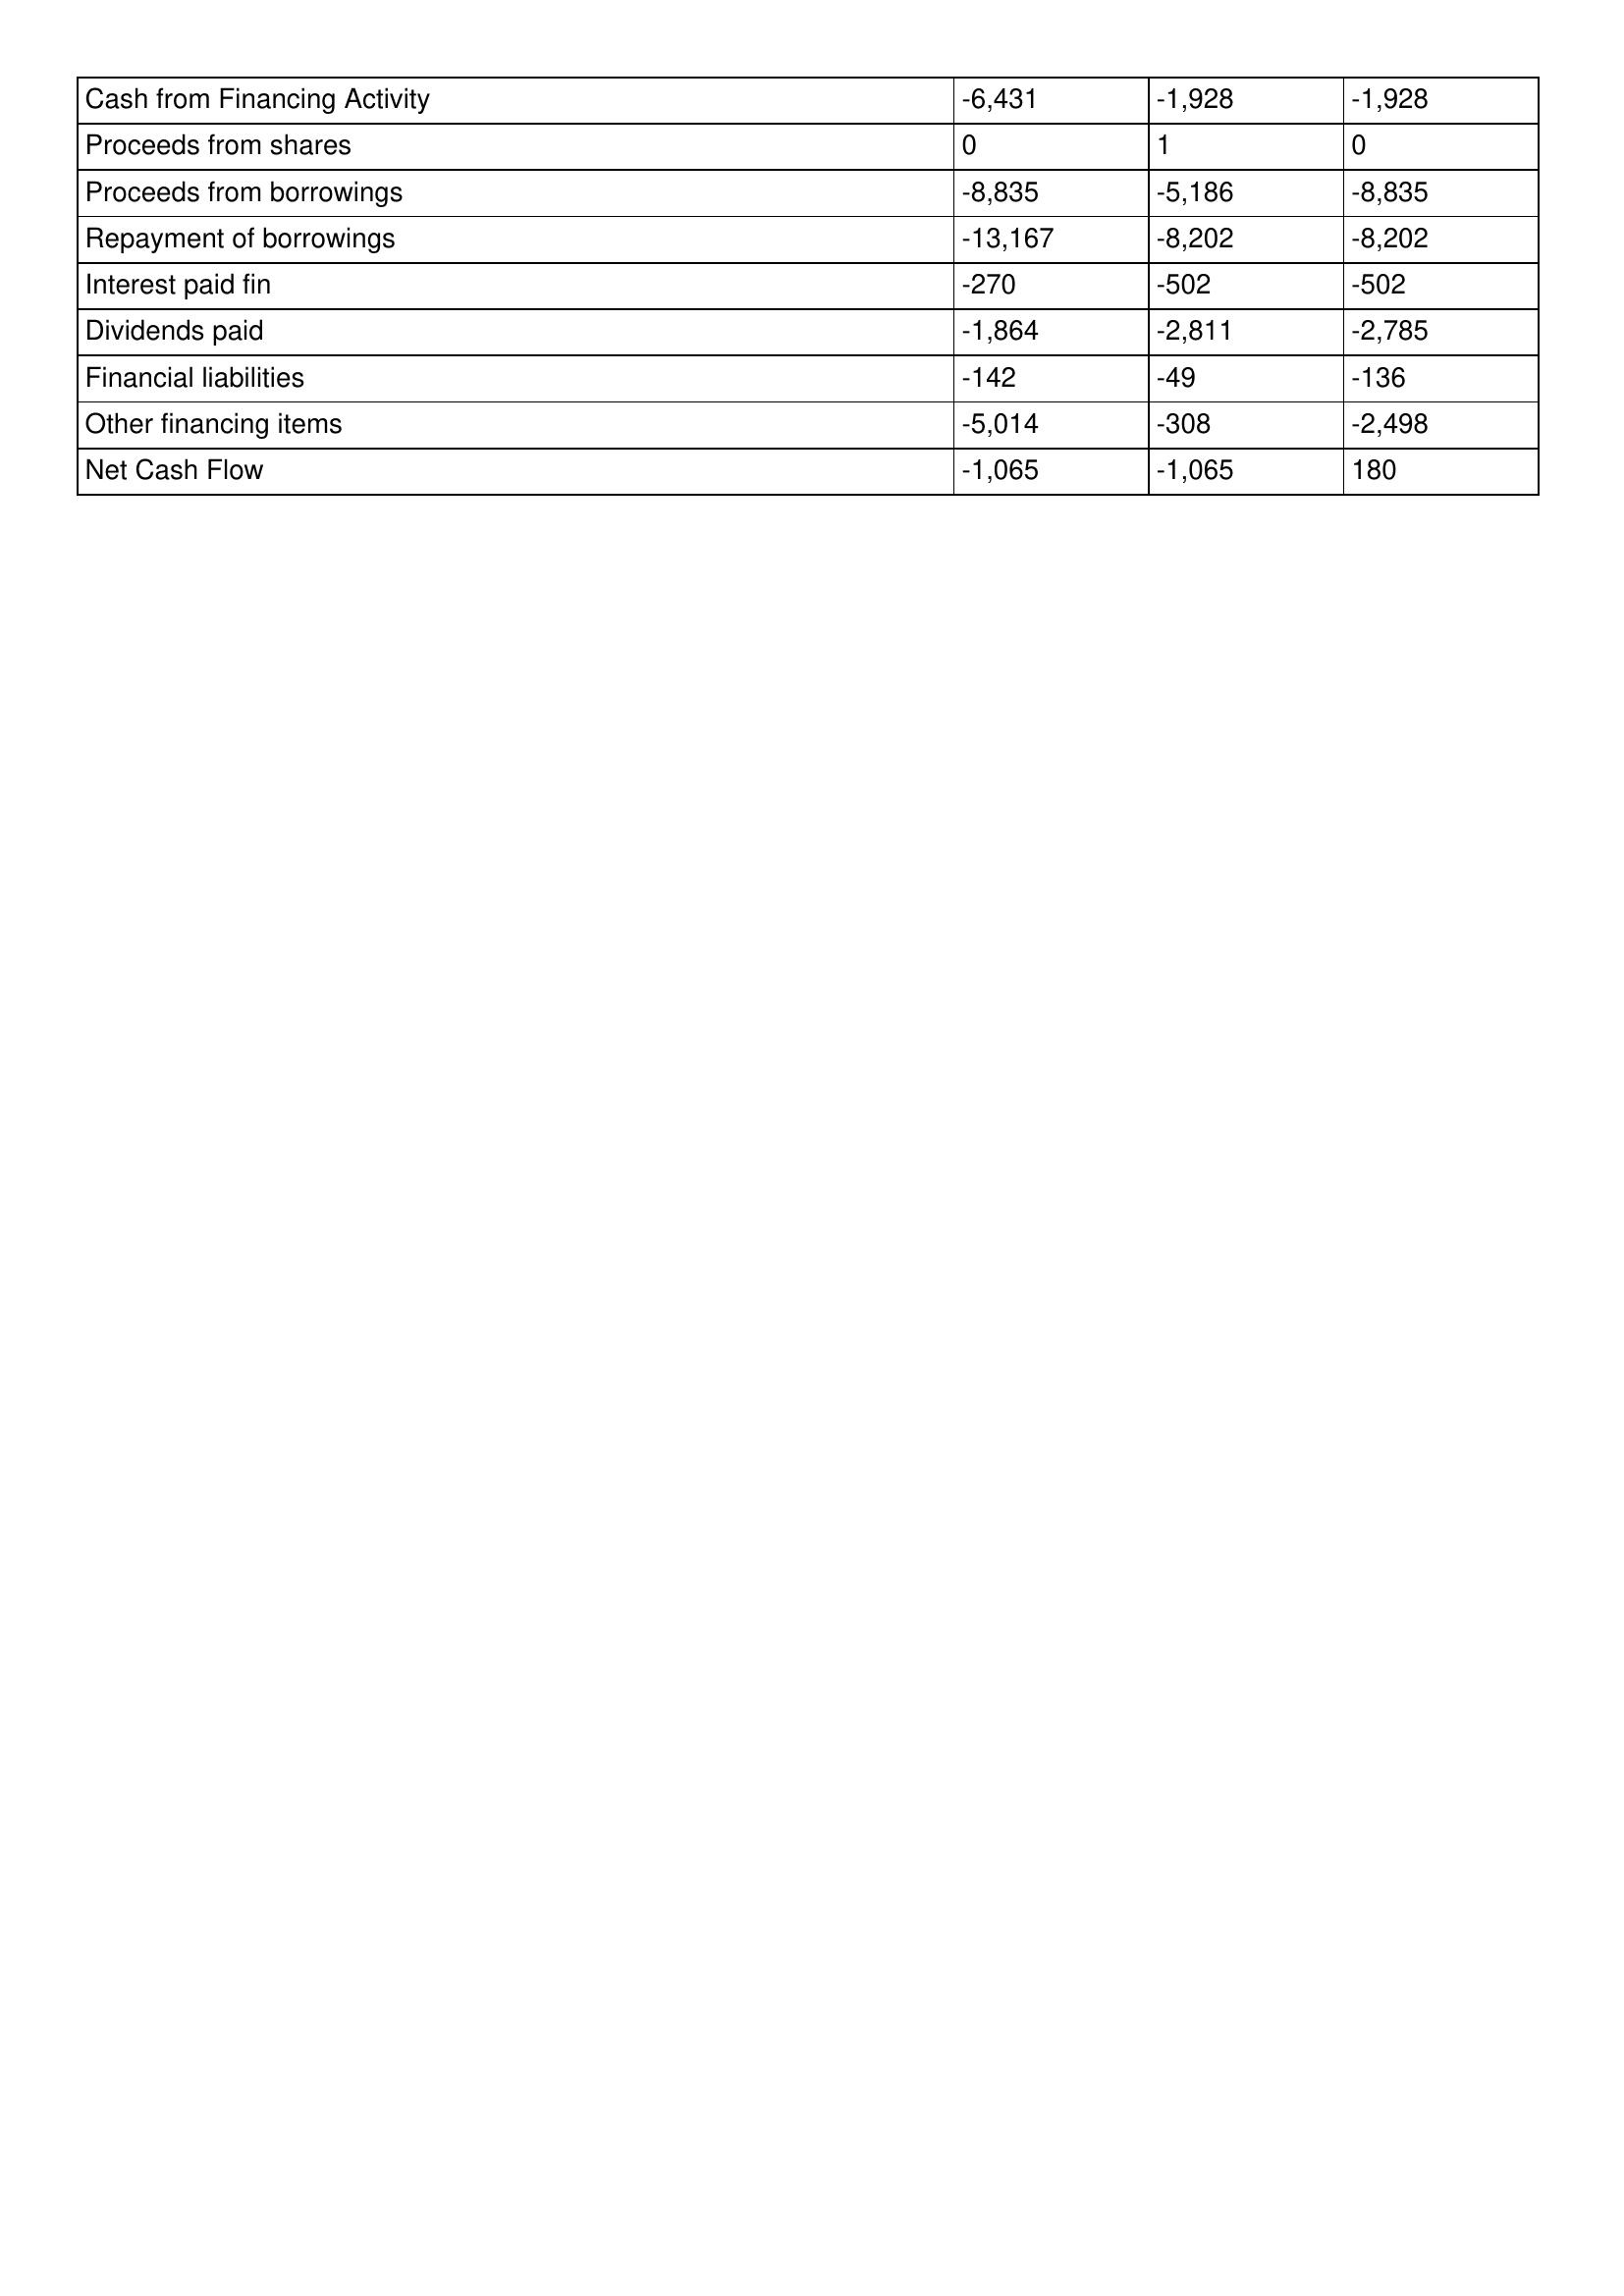
gt_parse: 2019: Cash Flows: Cash from Financing Activity: -6,431
Proceeds from shares: 0
Proceeds from borrowings: -8,835
Repayment of borrowings: -13,167
Interest paid fin: -270
Dividends paid: -1,864
Financial liabilities: -142
Other financing items: -5,014
Net Cash Flow: -1,065
2018: Cash Flows: Cash from Financing Activity: -1,928
Proceeds from shares: 1
Proceeds from borrowings: -5,186
Repayment of borrowings: -8,202
Interest paid fin: -502
Dividends paid: -2,811
Financial liabilities: -49
Other financing items: -308
Net Cash Flow: -1,065
2017: Cash Flows: Cash from Financing Activity: -1,928
Proceeds from shares: 0
Proceeds from borrowings: -8,835
Repayment of borrowings: -8,202
Interest paid fin: -502
Dividends paid: -2,785
Financial liabilities: -136
Other financing items: -2,498
Net Cash Flow: 180